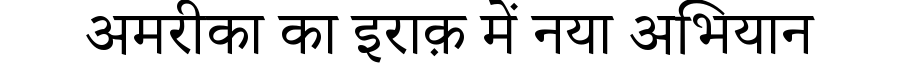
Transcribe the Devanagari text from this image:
अमरीका का इराक़ में नया अभियान